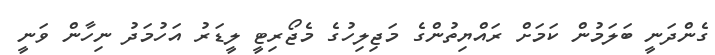
ގެންދަނީ ބަލަމުން ކަމަށް ރައްޔިތުންގެ މަޖިލިހުގެ މެޖޯރިޓީ ލީޑަރު އަހުމަދު ނިހާން ވަނީ